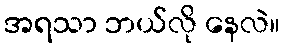
အရသာ ဘယ်လို နေလဲ။